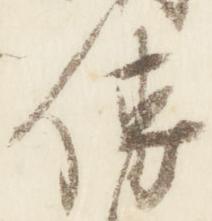
伝